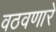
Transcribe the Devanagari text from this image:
वठवणारे